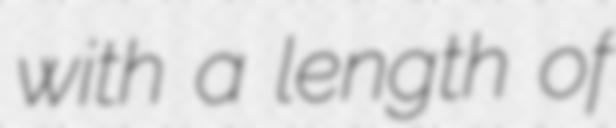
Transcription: with a length of